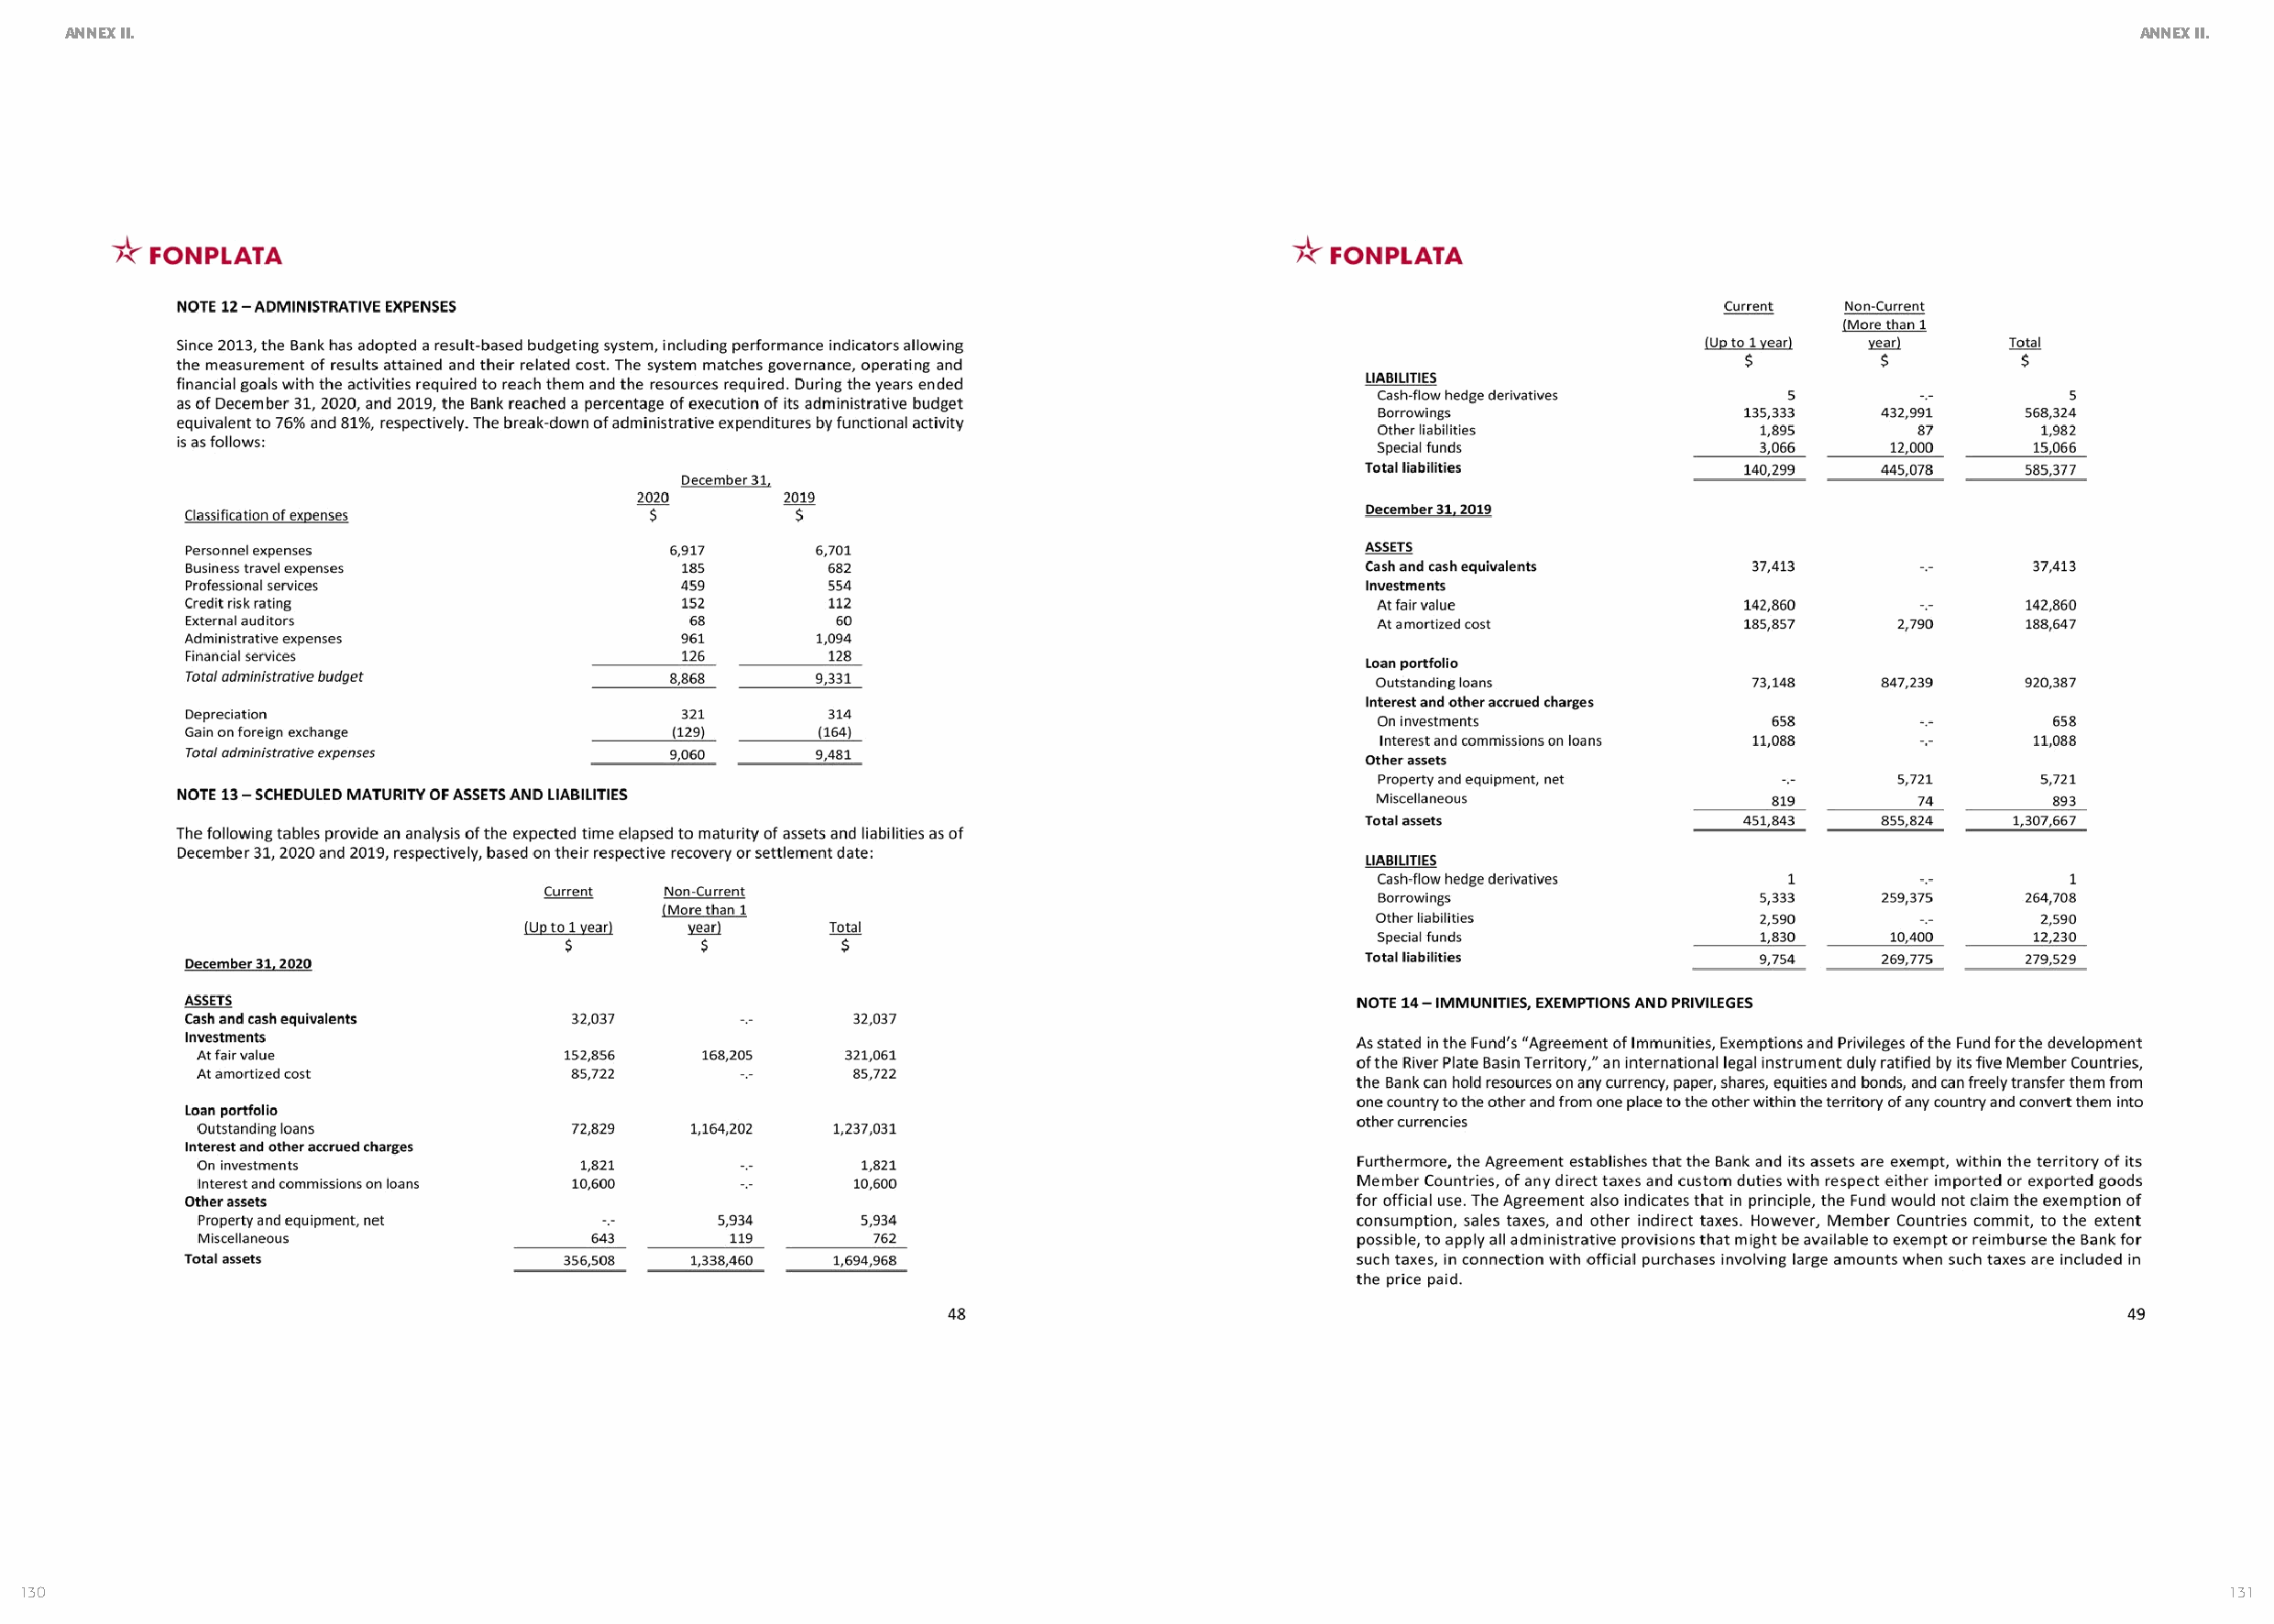
ANNEX II.                                                                                                                                             ANNEX II.
 130                                                                                                                                                             131